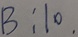
B : 1 0 .